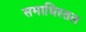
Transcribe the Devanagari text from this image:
समाधिस्तल